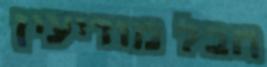
חבל מודיעין